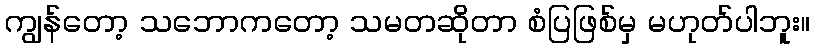
ကျွန်တော့ သဘောကတော့ သမတဆိုတာ စံပြဖြစ်မှ မဟုတ်ပါဘူး။